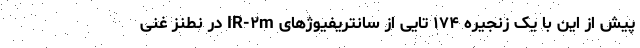
پیش از این با یک زنجیره ۱۷۴ تایی از سانتریفیوژهای IR-۲m در نطنز غنی